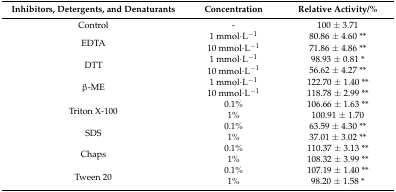
<table><thead><tr><td><b>Inhibitors, Detergents, and Denaturants</b></td><td><b>Concentration</b></td><td><b>Relative Activity/%</b></td></tr></thead><tbody><tr><td>Control</td><td>-</td><td>100 ± 3.71</td></tr><tr><td rowspan="2">EDTA</td><td>1 mmol·L<sup>−1</sup></td><td>80.86 ± 4.60 **</td></tr><tr><td>10 mmol·L<sup>−1</sup></td><td>71.86 ± 4.86 **</td></tr><tr><td rowspan="2">DTT</td><td>1 mmol·L<sup>−1</sup></td><td>98.93 ± 0.81 *</td></tr><tr><td>10 mmol·L<sup>−1</sup></td><td>56.62 ± 4.27 **</td></tr><tr><td rowspan="2">β-ME</td><td>1 mmol·L<sup>−1</sup></td><td>122.70 ± 1.40 **</td></tr><tr><td>10 mmol·L<sup>−1</sup></td><td>118.78 ± 2.99 **</td></tr><tr><td rowspan="2">Triton X-100</td><td>0.1%</td><td>106.66 ± 1.63 **</td></tr><tr><td>1%</td><td>100.91 ± 1.70</td></tr><tr><td rowspan="2">SDS</td><td>0.1%</td><td>63.59 ± 4.30 **</td></tr><tr><td>1%</td><td>37.01 ± 3.02 **</td></tr><tr><td rowspan="2">Chaps</td><td>0.1%</td><td>110.37 ± 3.13 **</td></tr><tr><td>1%</td><td>108.32 ± 3.99 **</td></tr><tr><td rowspan="2">Tween 20</td><td>0.1%</td><td>107.19 ± 1.40 **</td></tr><tr><td>1%</td><td>98.20 ± 1.58 *</td></tr></tbody></table>